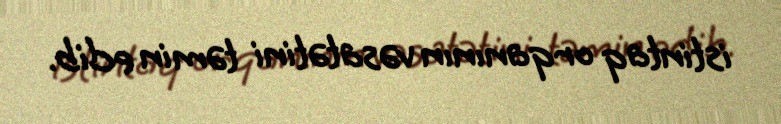
istintaq orqanının vəsatətini təmin edib.